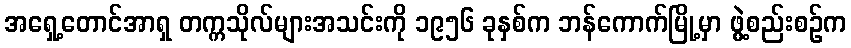
အရှေ့တောင်အာရှ တက္ကသိုလ်များအသင်းကို ၁၉၅၆ ခုနှစ်က ဘန်ကောက်မြို့မှာ ဖွဲ့စည်းစဉ်က